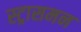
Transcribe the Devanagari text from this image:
स्ट्रासमन